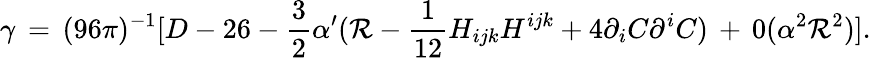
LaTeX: \gamma\, =\, (96\pi)^{-1}[D-26-\frac{3}{2}\alpha^{\prime}({\cal R}-\frac{1}{12}H_{ijk}H^{ijk}+4\partial_{i}C\partial^{i}C)\, +\, 0(\alpha^{2}{\cal R}^{2})].